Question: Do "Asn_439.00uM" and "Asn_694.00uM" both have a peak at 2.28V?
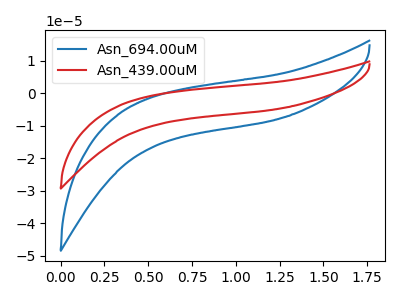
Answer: <think>The blue curve "Asn_694.00uM" has no peaks. The red curve "Asn_439.00uM" has no peaks.</think>
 <answer>No, "Asn_439.00uM" and "Asn_694.00uM" dont share a peak at 2.28V.</answer>
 <eval>mismatch</eval>